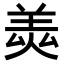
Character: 𦎅